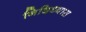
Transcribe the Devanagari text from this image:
निदिध्यास